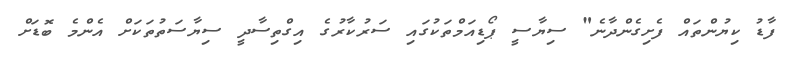
ފާޑު ކިޔުންތައް ފެށިގެންދާނެ" ސިޔާސީ ޕޯޑިއަމްތަކުގައި ސަރުކާރުގެ އިގްތިސާދީ ސިޔާސަތުތަކަށް އެންމެ ބޮޑަށް